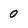
Character: 0